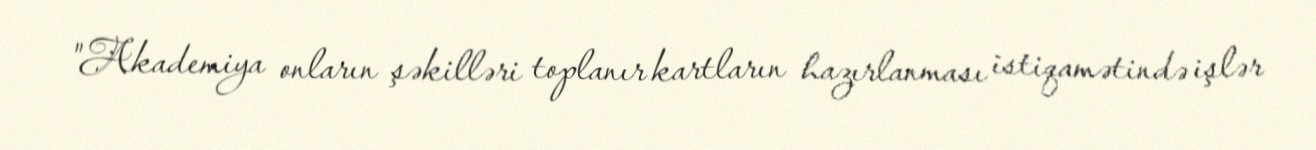
"Akademiya onların şəkilləri toplanır kartların hazırlanması istiqamətində işlər